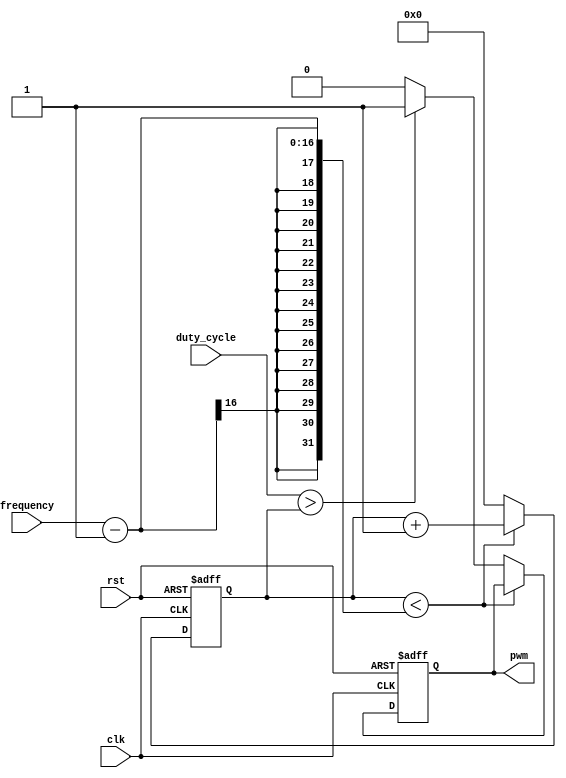
module pwm_generator(
    input wire clk,
    input wire rst,
    input wire [7:0] duty_cycle,
    input wire [15:0] frequency,
    output reg pwm
);

reg [15:0] count;

always @(posedge clk or posedge rst) begin
    if (rst) begin
        count <= 16'd0;
        pwm <= 1'b0;
    end else begin
        if (count < (frequency - 1)) begin
            count <= count + 1;
        end else begin
            count <= 16'd0;
            pwm <= (duty_cycle > count) ? 1'b1 : 1'b0;
        end
    end
end

endmodule